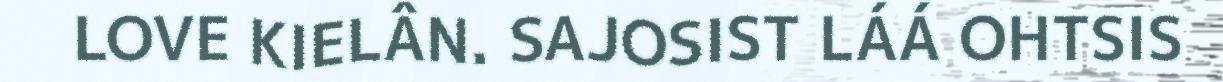
LOVE KIELÂN. SAJOSIST LÁÁ OHTSIS